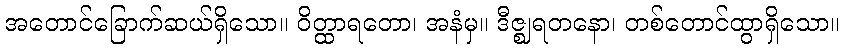
အတောင်ခြောက်ဆယ်ရှိသော။ ဝိတ္ထာရတော၊ အနံမှ။ ဒီဇ္ဈရတနော၊ တစ်တောင်ထွာရှိသော။